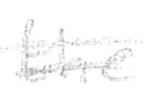
Text: the
Cross-out: double-line
Writing tool: pencil